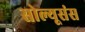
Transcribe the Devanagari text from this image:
सोल्यूसंस